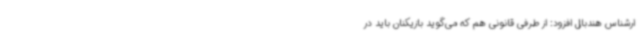
ارشناس هندبال افزود: از طرفی قانونی هم که می‌گوید بازیکنان باید در